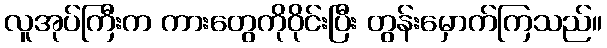
လူအုပ်ကြီးက ကားတွေကိုဝိုင်းပြီး တွန်းမှောက်ကြသည်။